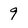
Character: 9